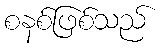
စနစ်ဖြစ်သည်